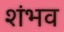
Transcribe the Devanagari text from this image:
शंभव